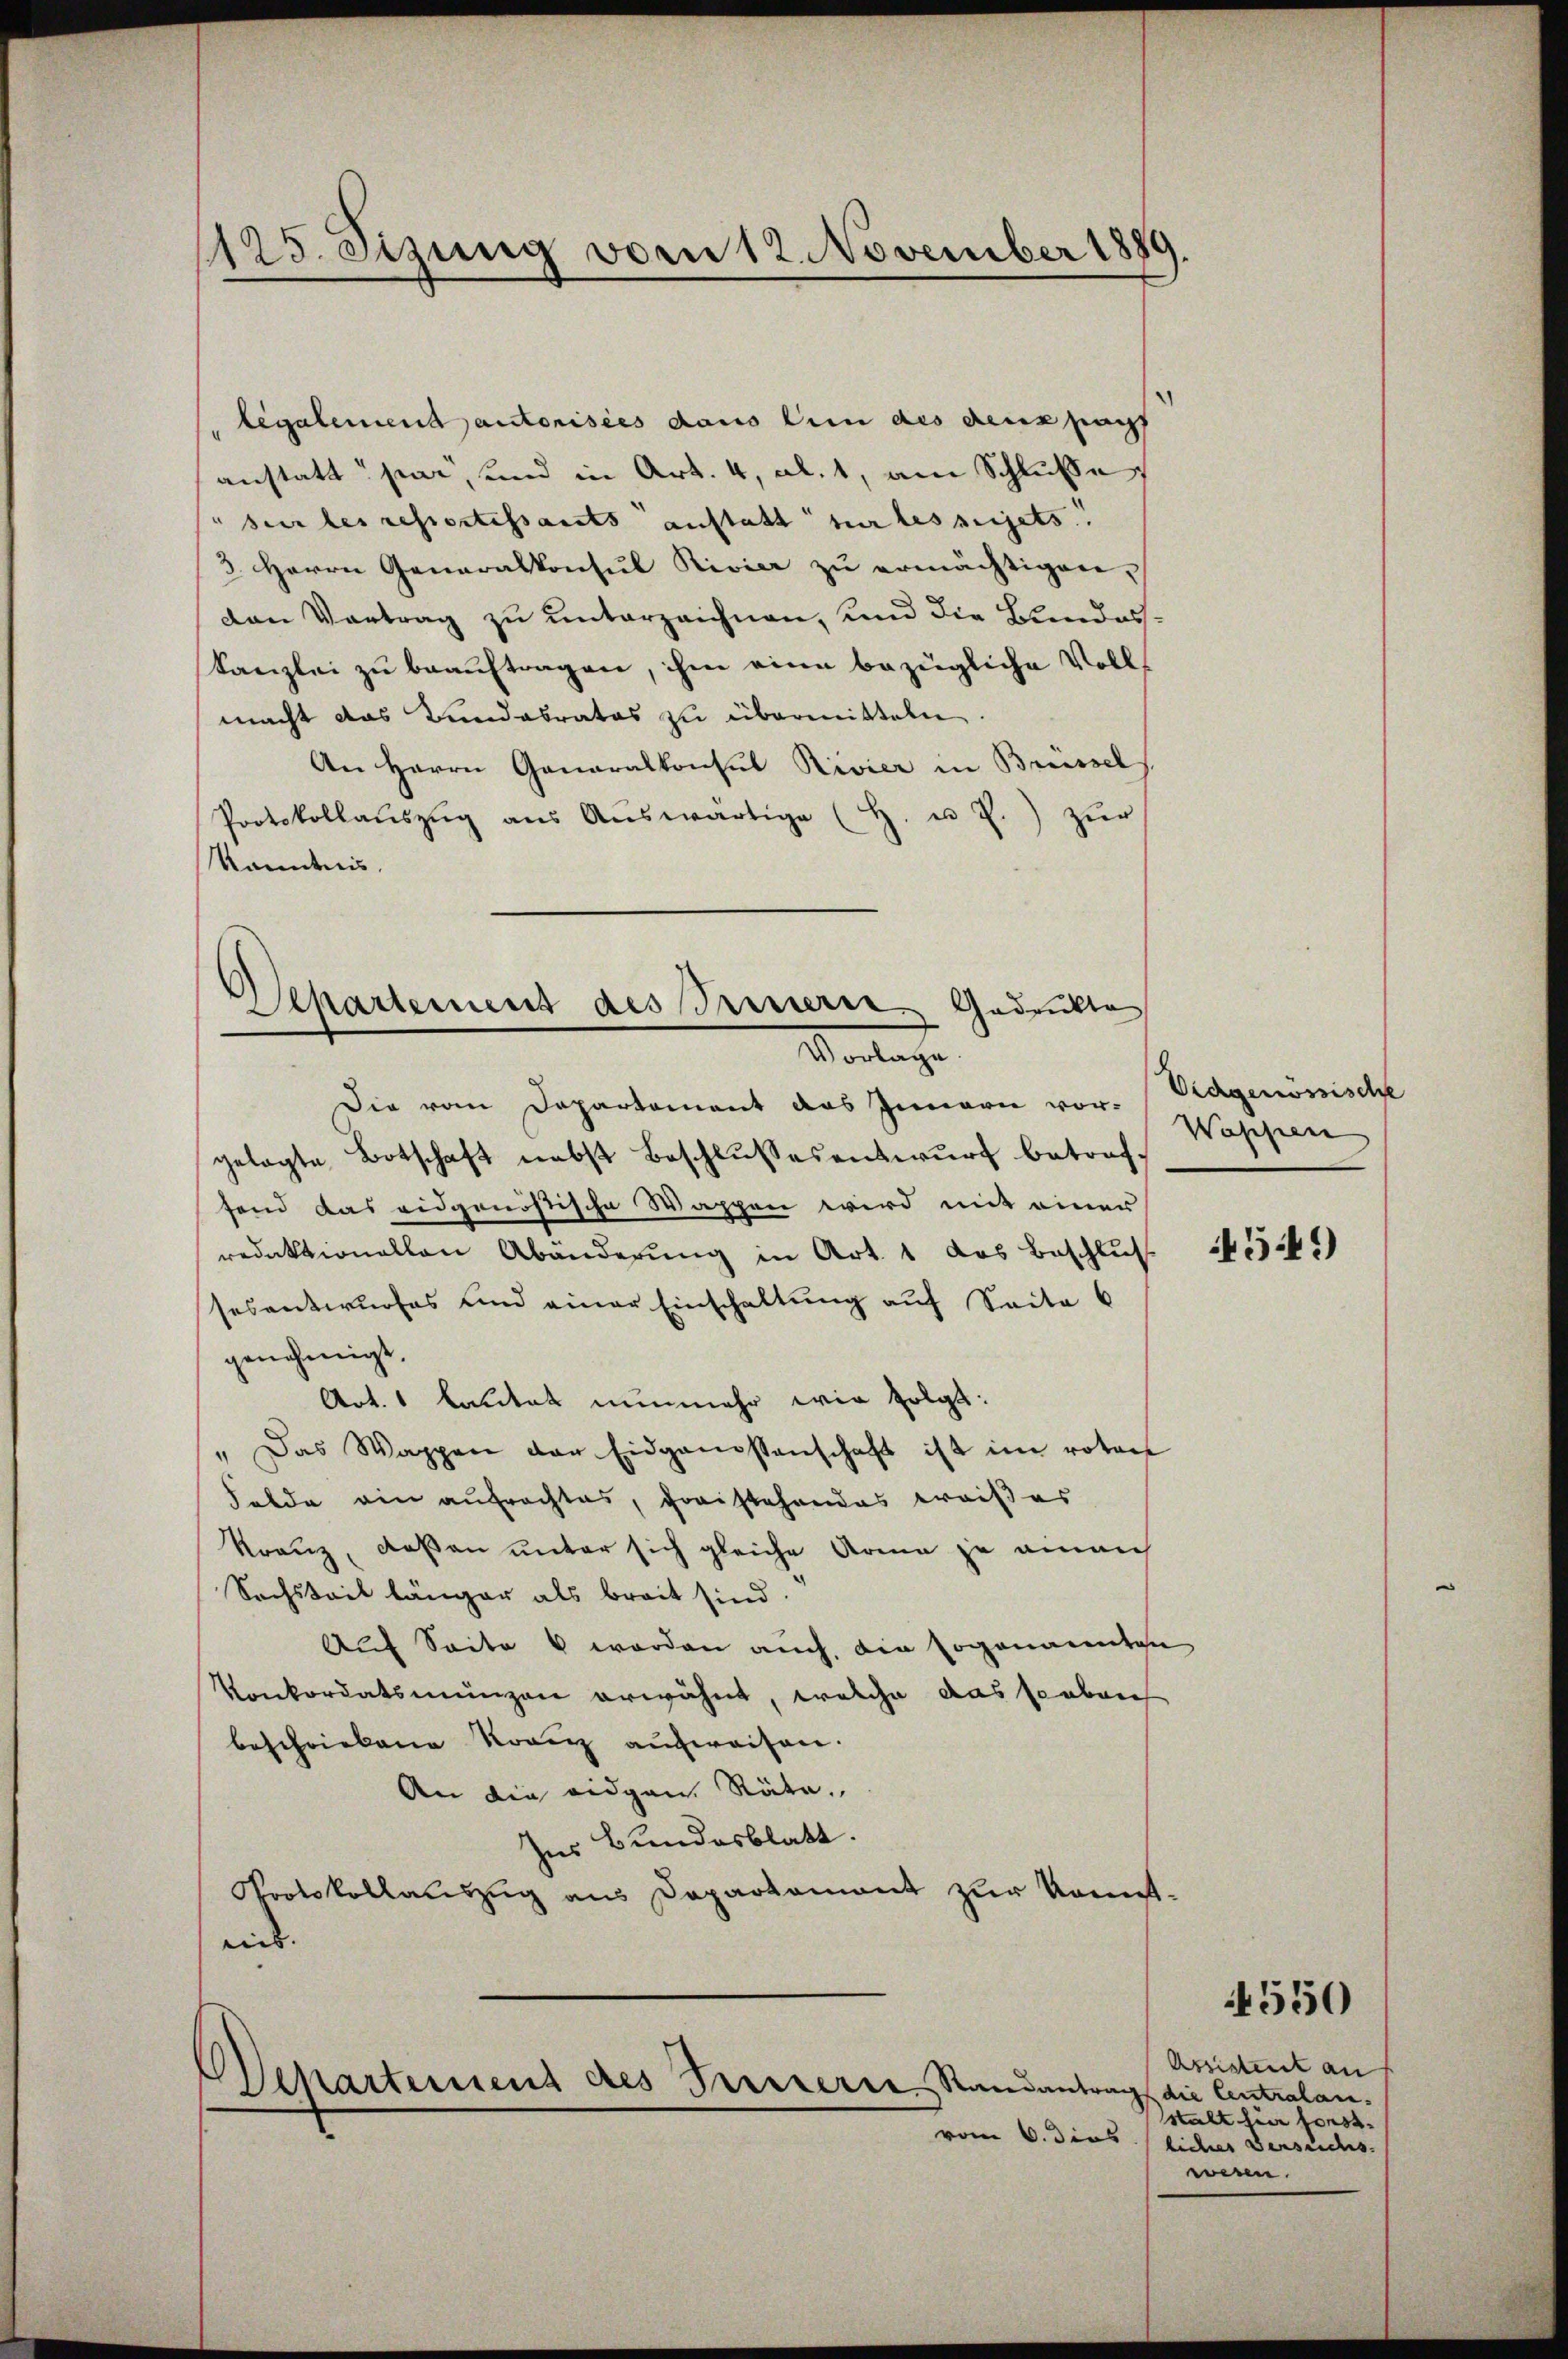
1125. Sizung vom 12. November 1889

legalement autorisies daus ein des deux pacht
anstatt par, und in Art. 4, Al. 1, am Schluße
sur les reportissants anstalt sur les pijets.
3. Herrn Generalkonsul Rivier zŭ ermächtigen.
Den Vortrag zu unterzeichnen, und die Bundes¬
Kanzlei zu beauftragen, ihm eine bezügliche Vollmacht das Bundabrates zu übermitteln
An Herrn Ganaralkonsul Rivier in Brüssel
Protokollaŭszŭg aŭs Aŭswärtige (H. u J.) zŭr
Kenntnis.
Die vom Departement das Innern vor-
gelegte Botschaft nebst Beschlussesentwurf betroffend das eidgenössische Wappen wird mit einer
redaktionellen Abänderung in Art. 1 das Beschluß 1 555
sesentwurfes und einer Einschaltung auf Seite 6
genehmigt.
Art. 1 lautet nunmehr wie folgt:
" Das Wappen der Eidgenossenschaft ist im votor
Felde ein aufrachtes, fraistehendes Kreißes
Kranz, deßen unter sich gleiche Arme ja einauf
Sachsteil länger als breit sind.
Auf Seite u werden auch, die sogenannten
Konkordatsmänzen erwähnt, welche das soeben
beschriebene Krain aufweisen.
An die eidgen. Räte.
Ins Bundesblatt.
Protokollauszug aus Departement zur Komet-
eint.

Departement des Preniers. Gedrukte
Vorlage.

Sekartement des Presserre Randantrag die Centralanvom 6. dies

Vidgenössische
Waschen

4550

Assistent an
stalt hier sonst.
licher Versuchs.
weren.